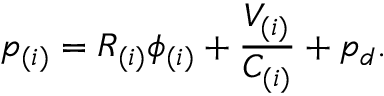
p _ { ( i ) } = R _ { ( i ) } \phi _ { ( i ) } + \frac { V _ { ( i ) } } { C _ { ( i ) } } + p _ { d } .